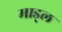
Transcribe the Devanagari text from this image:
माड्ल